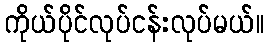
ကိုယ်ပိုင်လုပ်ငန်းလုပ်မယ်။